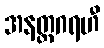
အနတ္တဂရဟီ